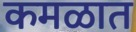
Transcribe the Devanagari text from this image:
कमळात